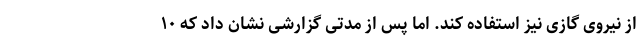
از نیروی گازی نیز استفاده کند. اما پس از مدتی گزارشی نشان داد که ۱۰